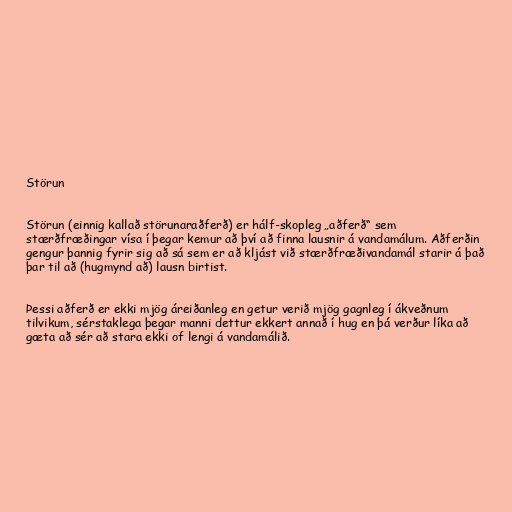
Störun

Störun (einnig kallað störunaraðferð) er hálf-skopleg „aðferð“ sem
stærðfræðingar vísa í þegar kemur að því að finna lausnir á vandamálum. Aðferðin
gengur þannig fyrir sig að sá sem er að kljást við stærðfræðivandamál starir á það
þar til að (hugmynd að) lausn birtist.

Þessi aðferð er ekki mjög áreiðanleg en getur verið mjög gagnleg í ákveðnum
tilvikum, sérstaklega þegar manni dettur ekkert annað í hug en þá verður líka að
gæta að sér að stara ekki of lengi á vandamálið.